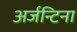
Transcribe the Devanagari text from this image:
अर्जन्टिना